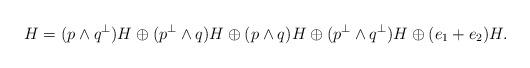
LaTeX: \begin{align*}H = (p\wedge q^{\perp}) H \oplus (p^{\perp} \wedge q) H \oplus (p\wedge q) H \oplus (p^{\perp} \wedge q^{\perp}) H \oplus (e_1+e_2)H.\end{align*}